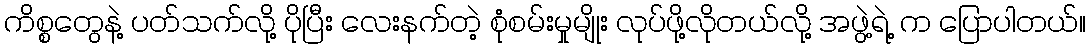
ကိစ္စတွေနဲ့ ပတ်သက်လို့ ပိုပြီး လေးနက်တဲ့ စုံစမ်းမှုမျိုး လုပ်ဖို့လိုတယ်လို့ အဖွဲ့ရဲ့ က ပြောပါတယ်။